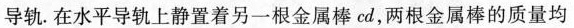
导轨。在水平导轨上静置着另一根金属棒cd，两根金属棒的质量均